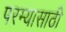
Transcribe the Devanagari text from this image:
परम्यासाठी